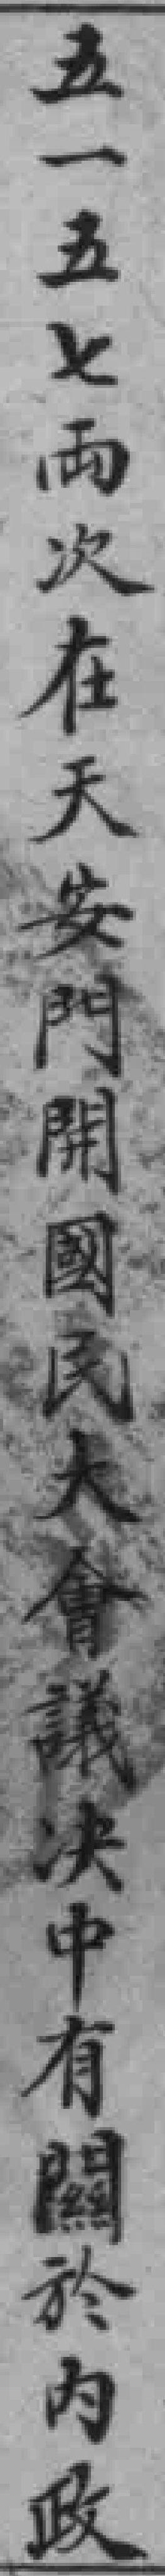
五一五七両次在天安門開國民大會議决中有關於内政